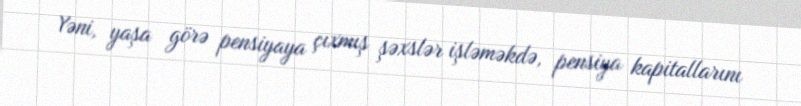
Yəni, yaşa görə pensiyaya çıxmış şəxslər işləməkdə, pensiya kapitallarını